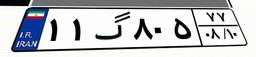
۱۰گ۷۳۰۶۴